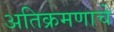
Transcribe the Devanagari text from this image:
अतिक्रमणाचे